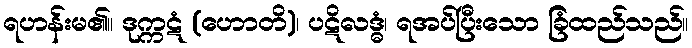
ရဟန်းမ၏။ ဒုက္ကဋံ (ဟောတိ)၊ ပဋိလဒ္ဓံ၊ ရအပ်ပြီးသော ခြံထည်သည်။